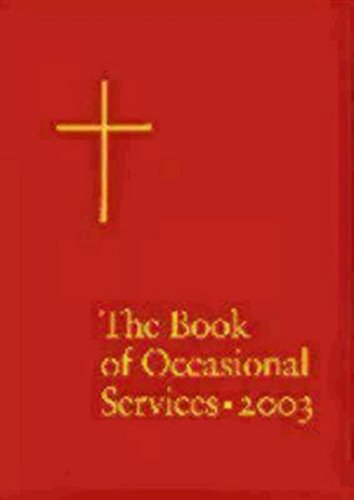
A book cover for The Book of Occasional Services 2003 Edition; Church Publishing; Christian Books & Bibles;